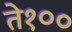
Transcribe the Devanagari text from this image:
ते१००